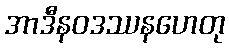
အာဒီနဝဒဿနဟေတု